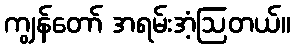
ကျွန်တော် အရမ်းအံ့ဩတယ်။